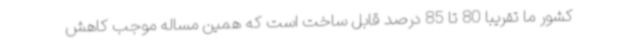
کشور ما تقریبا 80 تا 85 درصد قابل ساخت است که همین مساله موجب کاهش